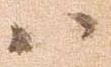
八